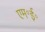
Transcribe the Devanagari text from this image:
एम॰ई॰